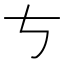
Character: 𠀁